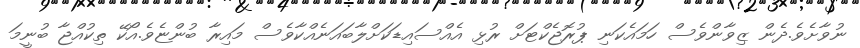
ނުވާށެވެ.ދެން ޒިވާންވެސް ހަމައެކަނި ޕުރޮޖެކްޓަށް ރުޅި އެއްސައިޑަކަށްލާބައަނެއްކާވެސް މައިރާ ބުންޏެވެ.އޯކޭ ތިކުއްޖާ ބުނީމަ